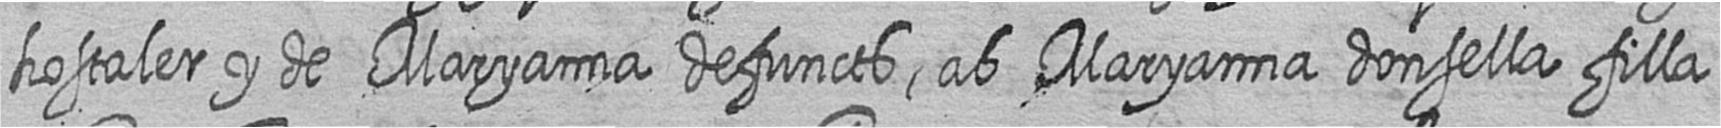
hostaler y de Maryanna defuncts ab Maryanna donsella filla